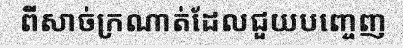
ពីសាច់ក្រណាត់ដែលជួយបញ្ចេញ